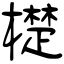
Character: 檚